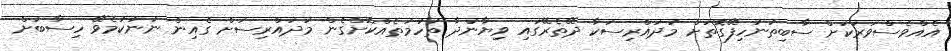
އެއްވެސްވަރަކަށް ސާބިތުނުހިފޭގޮތަށް މުދައްރިސަކާ ދޭތެރޭގައި ވިޔާނުދާ ތުހުމަތެއްކޮށްގެން މުދައްރިސަށް ގެއިން ނުނުކުމެވޭ ހިސާބަށް